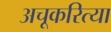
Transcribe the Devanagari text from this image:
अचूकरित्या